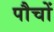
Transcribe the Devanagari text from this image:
पौचों